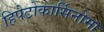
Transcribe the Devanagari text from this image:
हिपेटोकार्सिनोमा